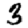
Digit: 3